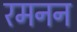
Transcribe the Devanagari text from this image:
रमनन